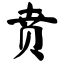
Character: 贲